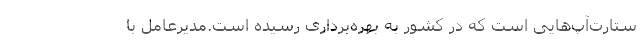
ستارت‌آپ‌هایی است كه در كشور به بهره‌برداری رسیده است.مدیرعامل با